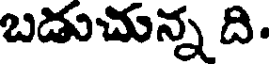
బడుచున్న ది.